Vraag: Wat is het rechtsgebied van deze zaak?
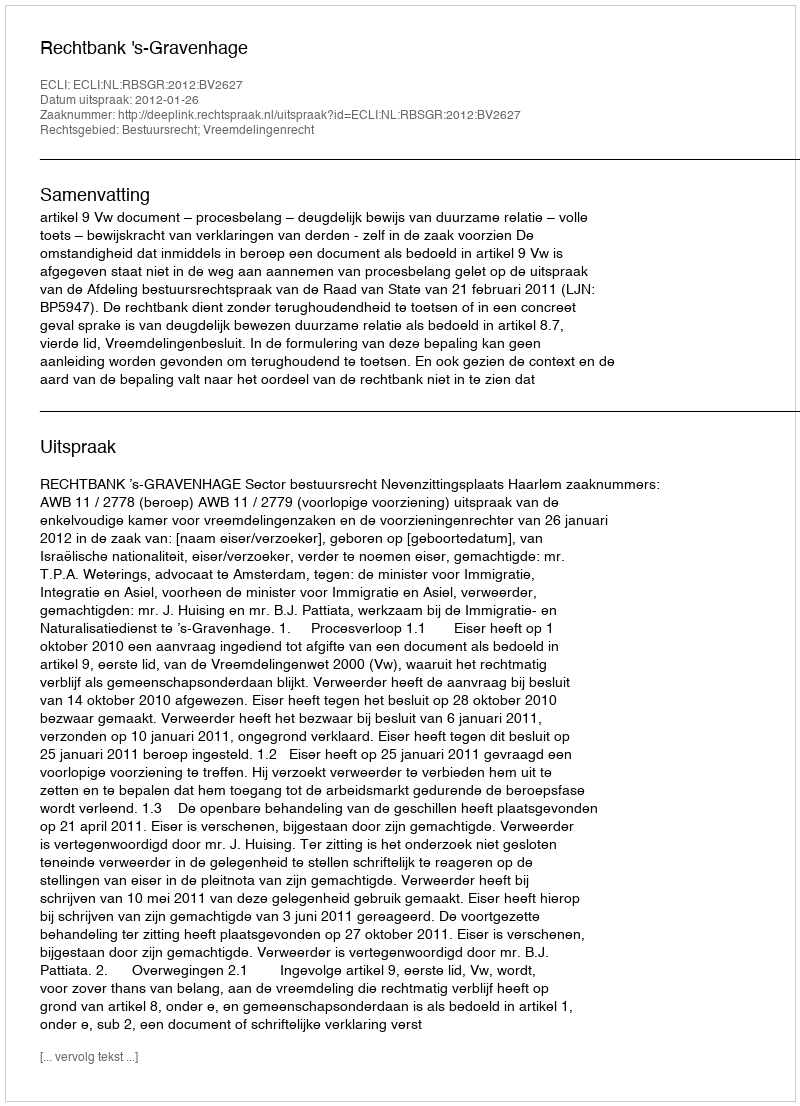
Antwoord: Bestuursrecht; Vreemdelingenrecht